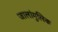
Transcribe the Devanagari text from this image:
जालांगुलिक